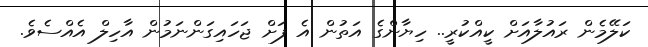
ކަލޭމެން ރައުލާއަށް ކީއްކުރީ.. ހިޔާންގެ އަތުން އެ ފަށް ޖަހައިގަންނަމުން އާހިލް އެއްސެވެ.